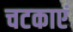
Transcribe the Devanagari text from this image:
चटकाएं